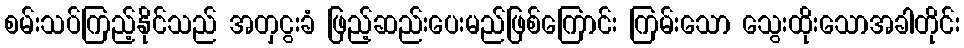
စမ်းသပ်ကြည့်နိုင်သည် အတှငွးခံ ဖြည့်ဆည်းပေးမည်ဖြစ်ကြောင်း ကြမ်းသော သွေးထိုးသောအခါတိုင်း